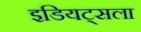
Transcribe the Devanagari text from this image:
इडियट्सला